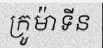
ក្រូម៉ាទីន